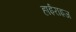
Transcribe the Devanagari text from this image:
हाईराइज